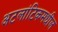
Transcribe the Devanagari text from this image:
अटलांटिकमधील